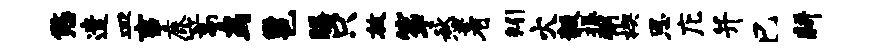
悠遣皿事鹿篙鸟邕膳只放筝愁着矧火毅振弼楔恩庀并巳耕